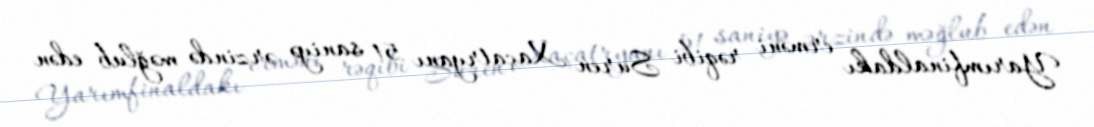
Yarımfinaldakı erməni rəqibi Suren Xaçatryanı 51 saniyə ərzində məğlub edən